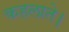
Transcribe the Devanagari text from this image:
कहलाते।